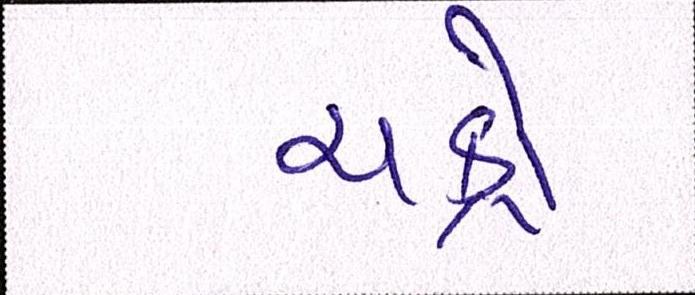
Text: ચક્રો